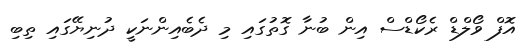
އޮފް ވޯލްޑް ރެކޯޑްސް އިން ބުނާ ގޮތުގައި މި ދެބެއިންނަކީ ދުނިޔޭގައި ތިބި